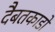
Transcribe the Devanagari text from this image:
दैबतकाडों